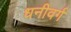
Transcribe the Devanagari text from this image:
धनीवर्ग